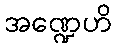
အဏ္ဍေဟိ